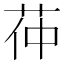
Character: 茽